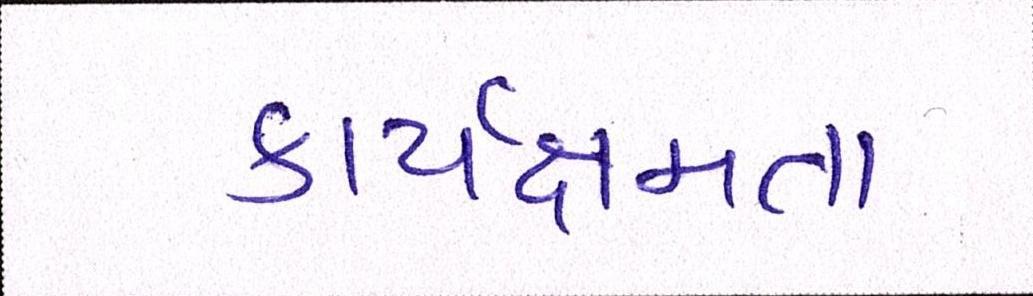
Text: કાર્યક્ષમતા